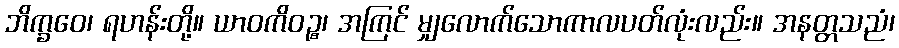
ဘိက္ခဝေ၊ ရဟန်းတို့။ ယာဝကိဝဉ္စ၊ အကြင် မျှလောက်သောကာလပတ်လုံးလည်း။ အနတ္တသညံ၊